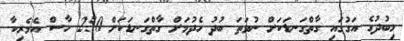
މިބުދުގެ އަގުގައި ގާތްގަނޑަކަށް ނުވަތަ ބުދު ހެދުމަށް ގާތްގަނޑަކަށް 250 ހާސް އެމެރިކާ